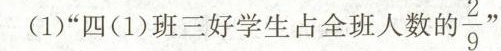
(1)”四(1)班三好学生占全班人数自 $$\frac { 2 } { 9 }$$